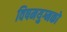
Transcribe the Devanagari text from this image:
विषमयुग्मकों